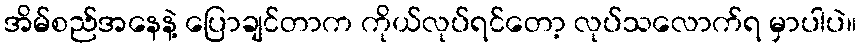
အိမ်စည်အနေနဲ့ ပြောချင်တာက ကိုယ်လုပ်ရင်တော့ လုပ်သလောက်ရ မှာပါပဲ။